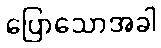
ပြောသောအခါ